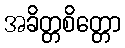
အခိတ္တစိတ္တော